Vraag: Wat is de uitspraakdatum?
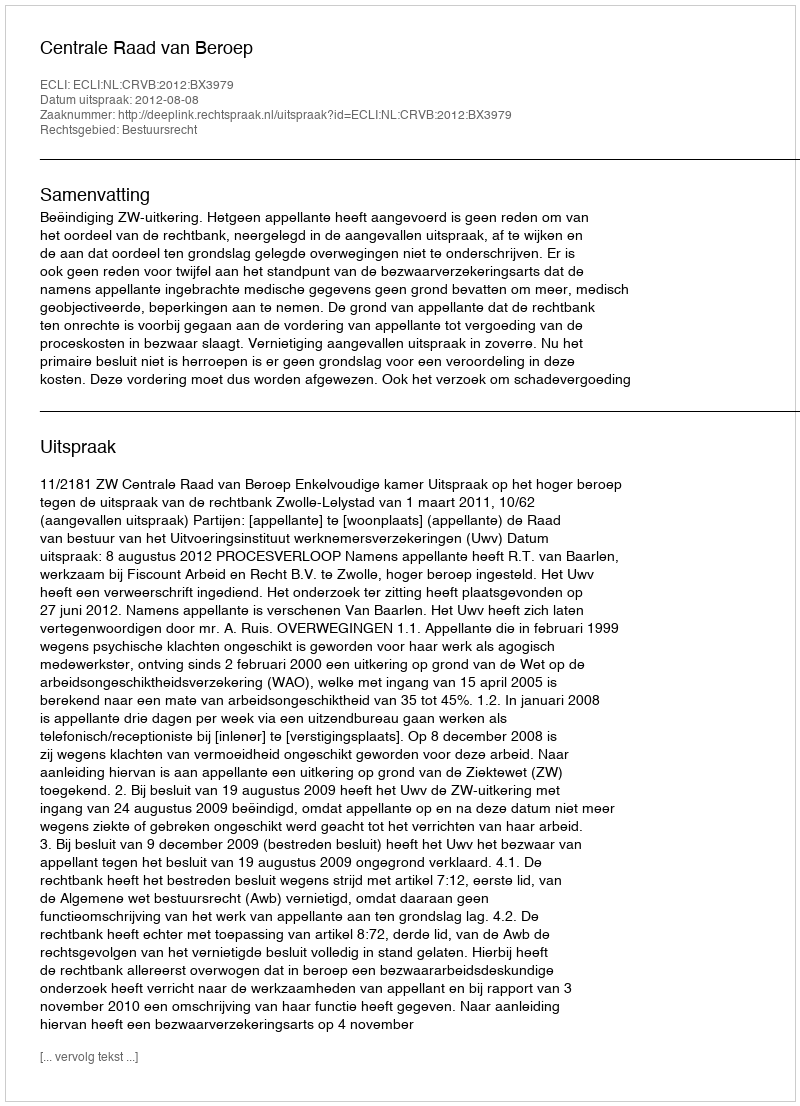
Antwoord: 2012-08-08